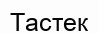
Тастек